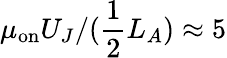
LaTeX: \mu_{\mathrm{on}}U_{J}/(\frac{1}{2}L_{A})\approx 5